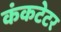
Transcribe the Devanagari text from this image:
कंकटेटर